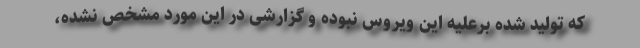
که تولید شده برعلیه این ویروس نبوده و گزارشی در این مورد مشخص نشده،